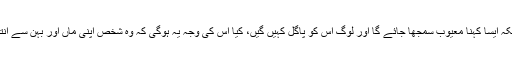
نہیں اور یقیناً نہیں کہا ہوگا کیونکہ ایسا کہنا معیوب سمجھا جائے گا اور لوگ اس کو پاگل کہیں گیں، کیا اس کی وجہ یہ ہوگی کہ وہ شخص اپنی ماں اور بہن سے انتہا درجہ کی محبت نہیں رکھتا ؟